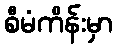
စီမံကိန်းမှာ